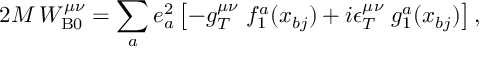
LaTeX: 2 M \, W _ { \mathrm { B } 0 } ^ { \mu \nu } = \sum _ { a } e _ { a } ^ { 2 } \left[ - g _ { T } ^ { \mu \nu } \; f _ { 1 } ^ { a } ( x _ { b j } ) + i \epsilon _ { T } ^ { \mu \nu } \; g _ { 1 } ^ { a } ( x _ { b j } ) \right] ,